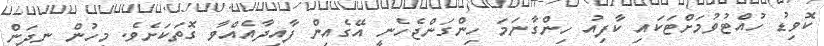
ކޮވިޑު ހުއްޓުވުމަށްޓަކައި ކާފިއު ހިންގާނަމަ ހިންގަންޖެހެނީ އޭގެއިން ފާއިދާއެއްވާ ގޮތަކަށެވެ. މީހުން ނިދަން